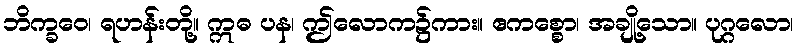
ဘိက္ခဝေ၊ ရဟန်းတို့။ ဣဓ ပန၊ ဤလောက၌ကား။ ဧကစ္စော၊ အချို့သော။ ပုဂ္ဂလော၊